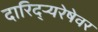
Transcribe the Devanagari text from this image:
दारिद्र्‍यरेषेवर